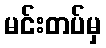
မင်းတပ်မှ